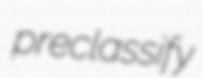
preclassify